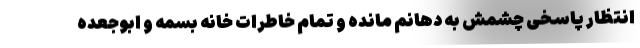
انتظار پاسخی چشمش به دهانم مانده و تمام خاطرات خانه بسمه و ابوجعده